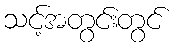
သင့်အတွင်းတွင်